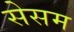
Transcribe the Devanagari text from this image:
सेसम